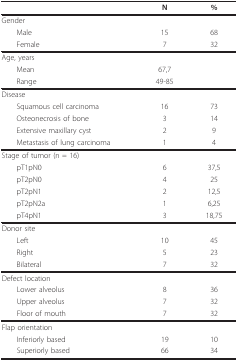
<table><thead><tr><td></td><td><b>N </b></td><td><b>% </b></td></tr></thead><tbody><tr><td>Gender</td><td></td><td></td></tr><tr><td> Male</td><td>15</td><td>68</td></tr><tr><td> Female</td><td>7</td><td>32</td></tr><tr><td>Age, years</td><td></td><td></td></tr><tr><td> Mean</td><td>67,7</td><td></td></tr><tr><td> Range</td><td>49-85</td><td></td></tr><tr><td>Disease</td><td></td><td></td></tr><tr><td> Squamous cell carcinoma</td><td>16</td><td>73</td></tr><tr><td> Osteonecrosis of bone</td><td>3</td><td>14</td></tr><tr><td> Extensive maxillary cyst</td><td>2</td><td>9</td></tr><tr><td> Metastasis of lung carcinoma</td><td>1</td><td>4</td></tr><tr><td>Stage of tumor (n = 16)</td><td></td><td></td></tr><tr><td> pT1pN0</td><td>6</td><td>37,5</td></tr><tr><td> pT2pN0</td><td>4</td><td>25</td></tr><tr><td> pT2pN1</td><td>2</td><td>12,5</td></tr><tr><td> pT2pN2a</td><td>1</td><td>6,25</td></tr><tr><td> pT4pN1</td><td>3</td><td>18,75</td></tr><tr><td>Donor site</td><td></td><td></td></tr><tr><td> Left</td><td>10</td><td>45</td></tr><tr><td> Right</td><td>5</td><td>23</td></tr><tr><td> Bilateral</td><td>7</td><td>32</td></tr><tr><td>Defect location</td><td></td><td></td></tr><tr><td> Lower alveolus</td><td>8</td><td>36</td></tr><tr><td> Upper alveolus</td><td>7</td><td>32</td></tr><tr><td> Floor of mouth</td><td>7</td><td>32</td></tr><tr><td>Flap orientation</td><td></td><td></td></tr><tr><td> Inferiorly based</td><td>19</td><td>10</td></tr><tr><td> Superiorly based</td><td>66</td><td>34</td></tr></tbody></table>